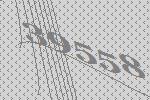
39558